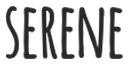
SERENE